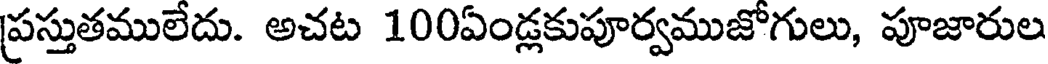
ప్రస్తుతములేదు. అచట 100ఏండ్లకుపూర్వముజోగులు, పూజారుల